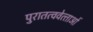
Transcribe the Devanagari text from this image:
पुरातत्ववेत्‍ताओं